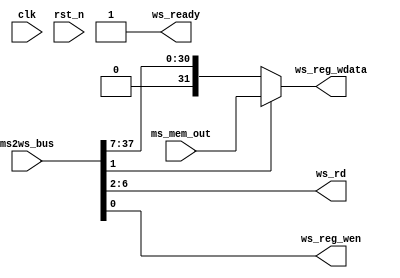
// =============================================================================
// @File         :  wb_stage.v
// @Author       :  Jiangxuan Li
// @Created      :  2022/5/1 22:28:59
// @Description  :  write back stage
// 
// -----------------------------------------------------------------------------
// History
// -----------------------------------------------------------------------------
// Ver  :| Author  :| Mod. Date          :| Changes Made :|
// 0.1   | Jx L     | 2022/5/1 22:28:59 | original
// =============================================================================

//- 
module wb_stage (
	 input clk    // Clock
	,input rst_n  // Asynchronous reset active low

	,input  [31:0] 	ms_mem_out
    ,input  [37:0]  ms2ws_bus

	,output [ 4:0]  ws_rd
	,output 		ws_reg_wen
	,output [31:0]  ws_reg_wdata
    ,output         ws_ready
);

//- bus 
wire [31:0] ms_alu_result;
wire [ 4:0] ms_rd;
wire [ 1:0] ms_ctrl;
assign {
    ms_alu_result,
    ms_rd,
    ms_ctrl
} = ms2ws_bus;

wire   mem2reg      = ms_ctrl[1];
assign ws_reg_wen   = ms_ctrl[0];

assign ws_reg_wdata = mem2reg == 1'b1 ? ms_mem_out : ms_alu_result;
assign ws_rd        = ms_rd;
//  1
assign ws_ready     = 1'b1;

endmodule